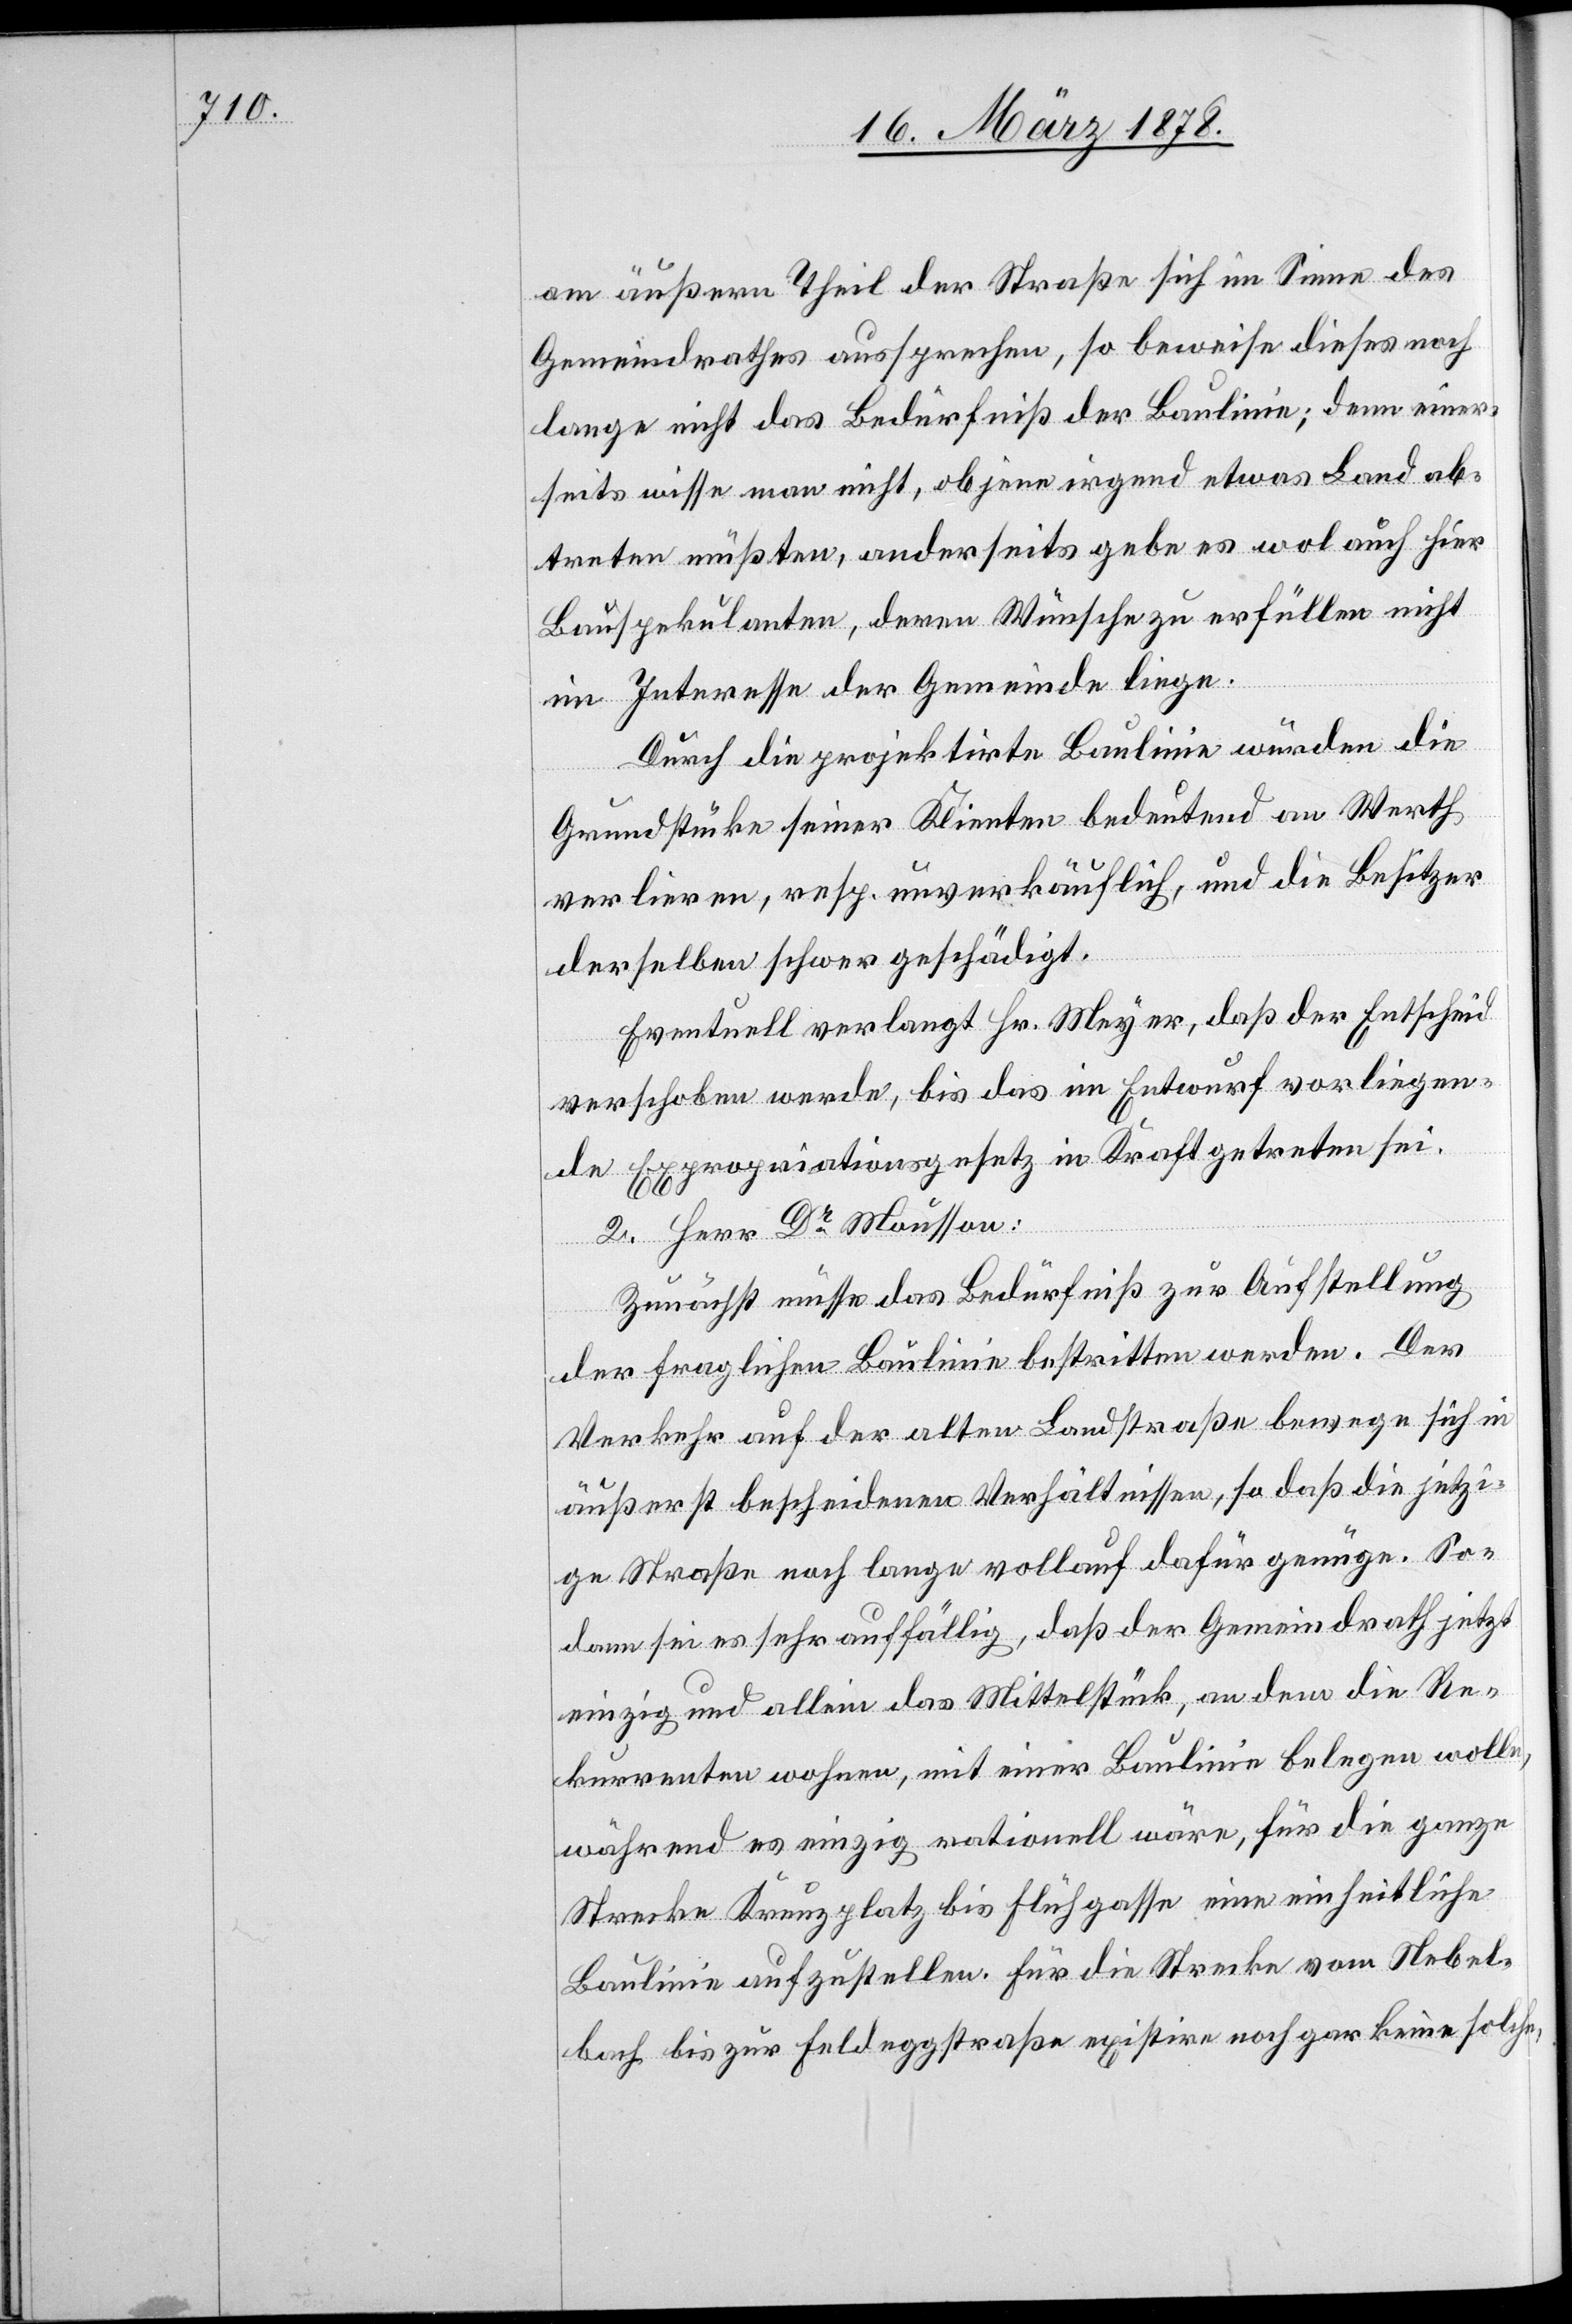
am äußern Theil der Straße sich im Sinne des
Gemeindrathes aussprechen, so beweise dieses noch
lange nicht das Bedürfniß der Baulinie; denn einer¬
seits wisse man nicht, ob jene irgend etwas Land ab¬
treten müßten, anderseits gebe es wol auch hier
Bauspekulanten, deren Wünsche zu erfüllen nicht
im Interesse der Gemeinde liege.
Durch die projektirte Baulinie würden die
Grundstücke seiner Klienten bedeutend an Werth
verlieren, resp. unverkäuflich, und die Besitzer
derselben schwer geschädigt.
Eventuell verlangt Hr. Meyer, daß der Entscheid
verschoben werde, bis das im Entwurf vorliegen¬
de Expropriationsgesetz in Kraft getreten sei.
2. Herr Dr Mousson:
Zunächst müsse das Bedürfniß zur Aufstellung
der fraglichen Baulinie bestritten werden. Der
Verkehr auf der alten Landstraße bewege sich in
äußerst bescheidenen Verhältnissen, so daß die jetzi¬
ge Straße noch lange vollauf dafür genüge. So¬
dann sei es sehr auffällig, daß der Gemeindrath jetzt
einzig und allein das Mittelstück, an dem die Re¬
kurrenten wohnen, mit einer Baulinie belegen wolle,
während es einzig rationell wäre, für die ganze
Strecke Kreuzplatz bis Flühgasse eine einheitliche
Baulinie aufzustellen. Für die Strecke vom Nebel¬
bach bis zur Feldeggstraße exisitire noch gar keine solche,